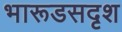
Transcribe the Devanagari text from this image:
भारूडसदृश